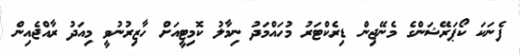
ފެނަކަ ކޯޕަރޭޝަންގެ މެނޭޖިން ޑިރެކްޓަރު މުހައްމަދު ނިމާލު ކޮމިޓީއަށް ހާޒިރުނުވީ މިއަދު ރާއްޖެއިން